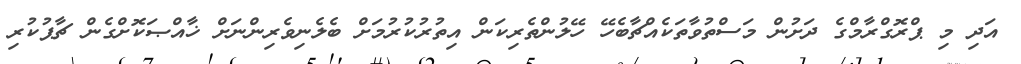
އަދި މި ޕްރޮގްރާމްގެ ދަށުން މަސްތުވާތަކެއްޗާބެހޭ ހޭލުންތެރިކަން އިތުރުކުރުމަށް ބެލެނިވެރިންނަށް ޚާއްޞަކޮށްގެން ޗާޕުކުރި